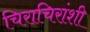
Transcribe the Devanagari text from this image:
चिराचिरांशी